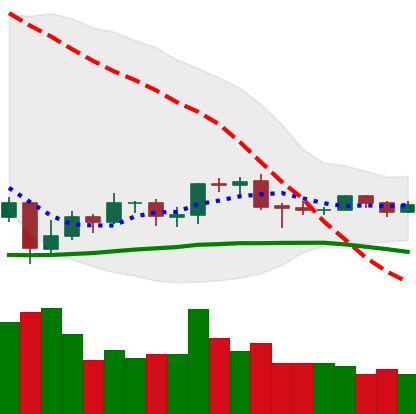
Ticker: EOS-USD
Chart end date: 2019-08-03
Forward return: -3.337%
Label: down_3_5